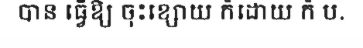
បាន ធ្វើឱ្យ ចុះខ្សោយ ក៏ដោយ ក៏ ប.